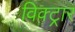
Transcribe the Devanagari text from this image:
विक्ट्रार